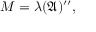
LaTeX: M = \lambda ( { \mathfrak { A } } ) ^ { \prime \prime } ,